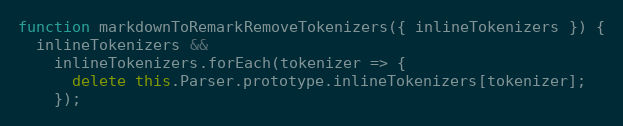
Language: JavaScript
function markdownToRemarkRemoveTokenizers({ inlineTokenizers }) {
  inlineTokenizers &&
    inlineTokenizers.forEach(tokenizer => {
      delete this.Parser.prototype.inlineTokenizers[tokenizer];
    });